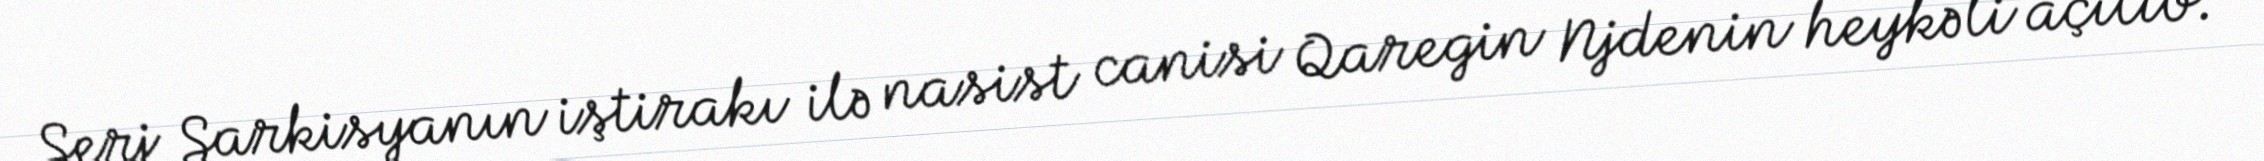
Serj Sarkisyanın iştirakı ilə nasist canisi Qaregin Njdenin heykəli açılıb.